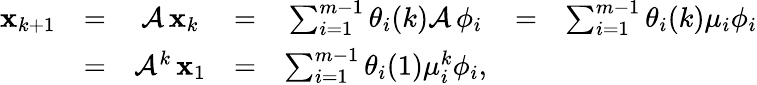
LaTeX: \begin{array}{ccccccc}{{\mathbf x}_{k+1}}&{=}&{\mathcal{A}\, {\mathbf x}_{k}}&{=}&{\sum_{i=1}^{m-1}\theta_{i}(k)\mathcal{A}\, {\mathbf\phi}_{i}}&{=}&{\sum_{i=1}^{m-1}\theta_{i}(k)\mu_{i}{\mathbf\phi}_{i}}\\ &{=}&{\mathcal{A}^{k}\, {\mathbf x}_{1}}&{=}&{\sum_{i=1}^{m-1}\theta_{i}(1)\mu_{i}^{k}{\mathbf\phi}_{i}\mathrm{,}}\end{array}